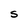
Character: S